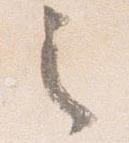
之